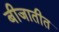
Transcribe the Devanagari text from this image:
बीजातीत